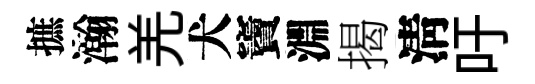
摭瀚羌犬竇淵揭淸吁